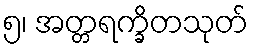
၅၊ အတ္တရက္ခိတသုတ်